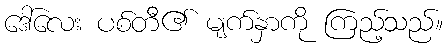
ဒေါ်လေး ပစ်တီ၏ မျက်နှာကို ကြည့်သည်။